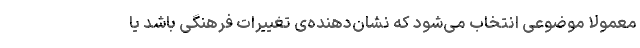
معمولا موضوعی انتخاب می‌شود که نشان‌دهنده‌ی تغییرات فرهنگی باشد یا